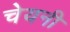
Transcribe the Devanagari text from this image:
चेयनी